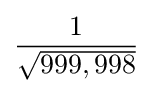
{\frac {1}{\sqrt {999,998}}}